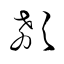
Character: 欷